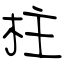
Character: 柱